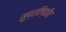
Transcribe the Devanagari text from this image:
सुप्रतिष्ठीत